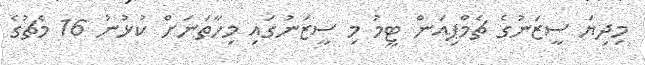
މިދިޔަ ސީޒަނުގެ ޗެމްޕިއަން ޓީމު މި ސީޒަނުގައި މިހާތަނަށް ކުޅުނު 16 މެޗުގެ